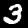
Label: 3